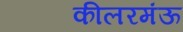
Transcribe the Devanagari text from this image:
कीलरमंऊ